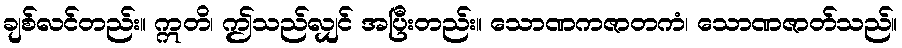
ချစ်လင်တည်း။ ဣတိ၊ ဤသည်လျှင် အပြီးတည်း။ သောဏကဇာတကံ၊ သောဏဇာတ်သည်။